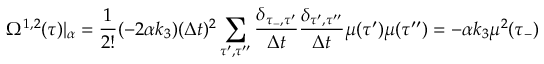
\Omega ^ { 1 , 2 } ( \tau ) | _ { \alpha } = \frac { 1 } { 2 ! } ( - 2 \alpha k _ { 3 } ) ( \Delta t ) ^ { 2 } \sum _ { \tau ^ { \prime } , \tau ^ { \prime \prime } } \frac { \delta _ { \tau _ { - } , \tau ^ { \prime } } } { \Delta t } \frac { \delta _ { \tau ^ { \prime } , \tau ^ { \prime \prime } } } { \Delta t } \mu ( \tau ^ { \prime } ) \mu ( \tau ^ { \prime \prime } ) = - \alpha k _ { 3 } \mu ^ { 2 } ( \tau _ { - } )